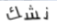
نشك